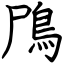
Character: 鳲